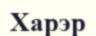
Харэр